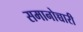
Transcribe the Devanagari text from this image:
समानोच्चारी